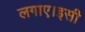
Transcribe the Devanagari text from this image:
लगाए।इसी